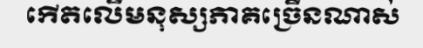
កើតលើមនុស្សភាគច្រើនណាស់